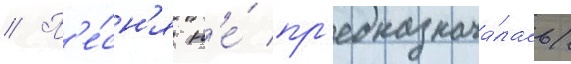
// П'е́сн'я н'е́ пр'едназнача́лась